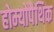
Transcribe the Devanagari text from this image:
होम्‍योपैथिक